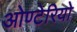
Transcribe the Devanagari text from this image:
ओण्टेरियो